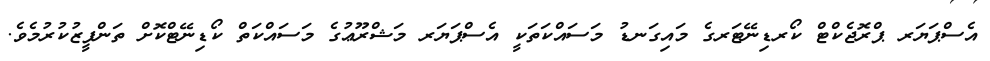
އެސްޕަޔަރ ޕްރޮޖެކްޓް ކޯރޑިނޭޓަރގެ މައިގަނޑު މަސައްކަތަކީ އެސްޕަޔަރ މަޝްރޫޢުގެ މަސައްކަތް ކޯޑިނޭޓްކޮށް ތަންފީޒުކުރުމެވެ.